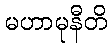
မဟာမုနီတိ